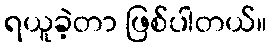
ရယူခဲ့တာ ဖြစ်ပါတယ်။